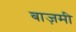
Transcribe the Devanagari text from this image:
बाज़मी